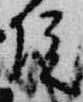
院